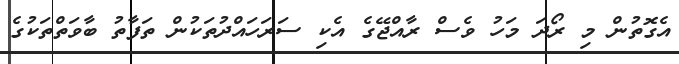
އެގޮތުން މި ރޯދަ މަހު ވެސް ރާއްޖޭގެ އެކި ސަރަހައްދުތަކުން ތަފާތު ބާވަތްތަކުގެ